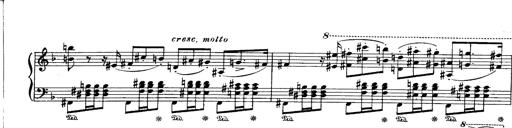
Title: Paraphrase de concert sur Ernani II
Composer: Franz Liszt